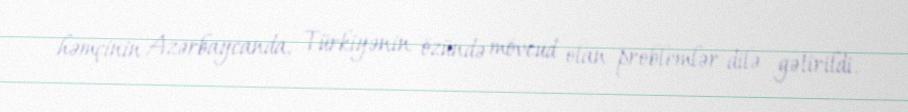
həmçinin Azərbaycanda, Türkiyənin özündə mövcud olan problemlər dilə gətirildi.